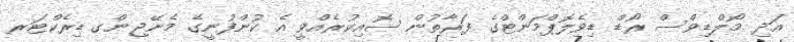
އަދި މޯލްޑިވްސް ރޯޑް ޑިވެލޮޕްމަންޓްގެ ފަރާތުން ސޮއިކުރެއްވީ އެ ކުންފުނީގެ މެނޭޖިންގ ޑިރެކްޓަރ